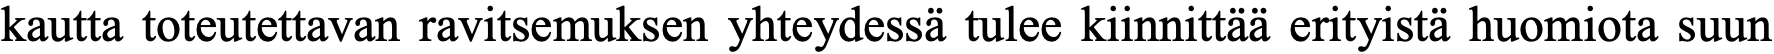
kautta toteutettavan ravitsemuksen yhteydessä tulee kiinnittää erityistä huomiota suun